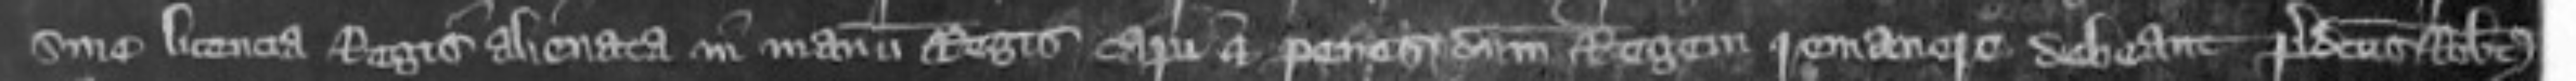
sine licencia Regis alienata in manu Regis capi et penes dominum Regem remanere debeant Predictus Robertus